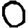
Digit: 0